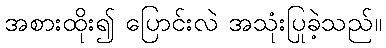
အစားထိုး၍ ပြောင်းလဲ အသုံးပြုခဲ့သည်။